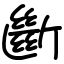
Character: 斷